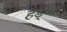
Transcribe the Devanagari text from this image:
हड्प्पा